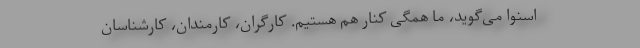
اسنوا می‌گوید، ما همگی کنار هم هستیم. کارگران، کارمندان، کارشناسان